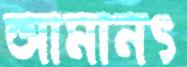
আমানৎ